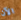
الآن